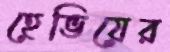
হেভিয়ের